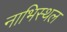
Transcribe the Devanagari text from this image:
नाभिस्थल